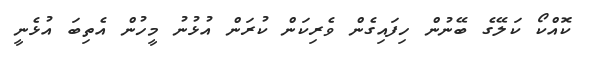
ކޮއްކޯ ކަލޭގެ ބޭނުން ހިފައިގެން ވެރިކަން ކުރަން އުޅުނު މީހުން އެތިބަ އުޅެނީ